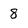
Character: 8